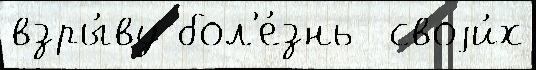
взры́ву бол'е́знь  своjи́х